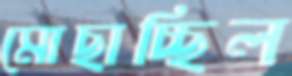
মোছাচ্ছিল